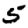
Digit: 5